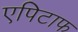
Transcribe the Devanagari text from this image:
एपिटाफ